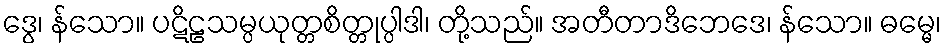
ဒွေ၊ န်သော။ ပဋိဠသမ္ပယုတ္တစိတ္တုပ္ပါဒါ၊ တို့သည်။ အတီတာဒိဘေဒေ၊ န်သော။ ဓမ္မေ၊